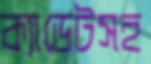
ক্যাডেটসহ